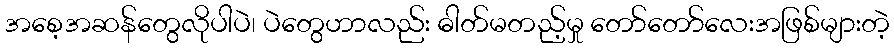
အစေ့အဆန်တွေလိုပါပဲ၊ ပဲတွေဟာလည်း ဓါတ်မတည့်မှု တော်တော်လေးအဖြစ်များတဲ့